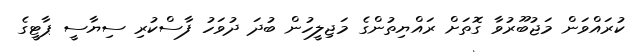
ކުރައްވަން މަޖުބޫރުވާ ގޮތަށް ރައްޔިތުންގެ މަޖިލީހުން ބުދަ ދުވަހު ފާސްކުރި ސިޔާސީ ޕާޓީގެ